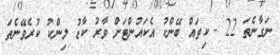
ނަގާނެތަ 22 - ކިތައް ބޭންކު އެކައުންޓަށް ވާރު ކާޑު ލިންކު ކުރެވޭނެތަ